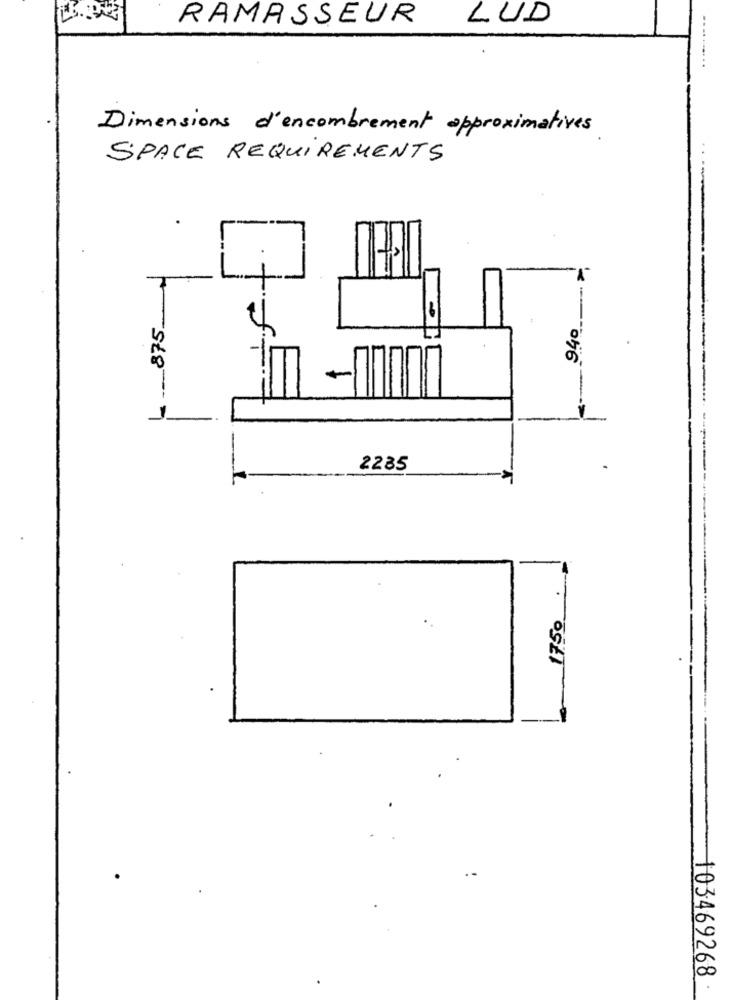
RAMASSEUR
£
LUD
.... .......
Dimensions d'encombrement approximatives
SPACE REQUIREMENTS
.875.
940
1
2285
1750
103469268